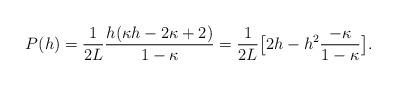
LaTeX: \begin{align*} P(h) = \frac{1}{2L} \frac{h(\kappa h - 2\kappa + 2)}{1-\kappa} = \frac{1}{2L} \big[ 2h - h^2 \frac{-\kappa}{1-\kappa} \big ].\end{align*}